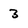
Character: 3